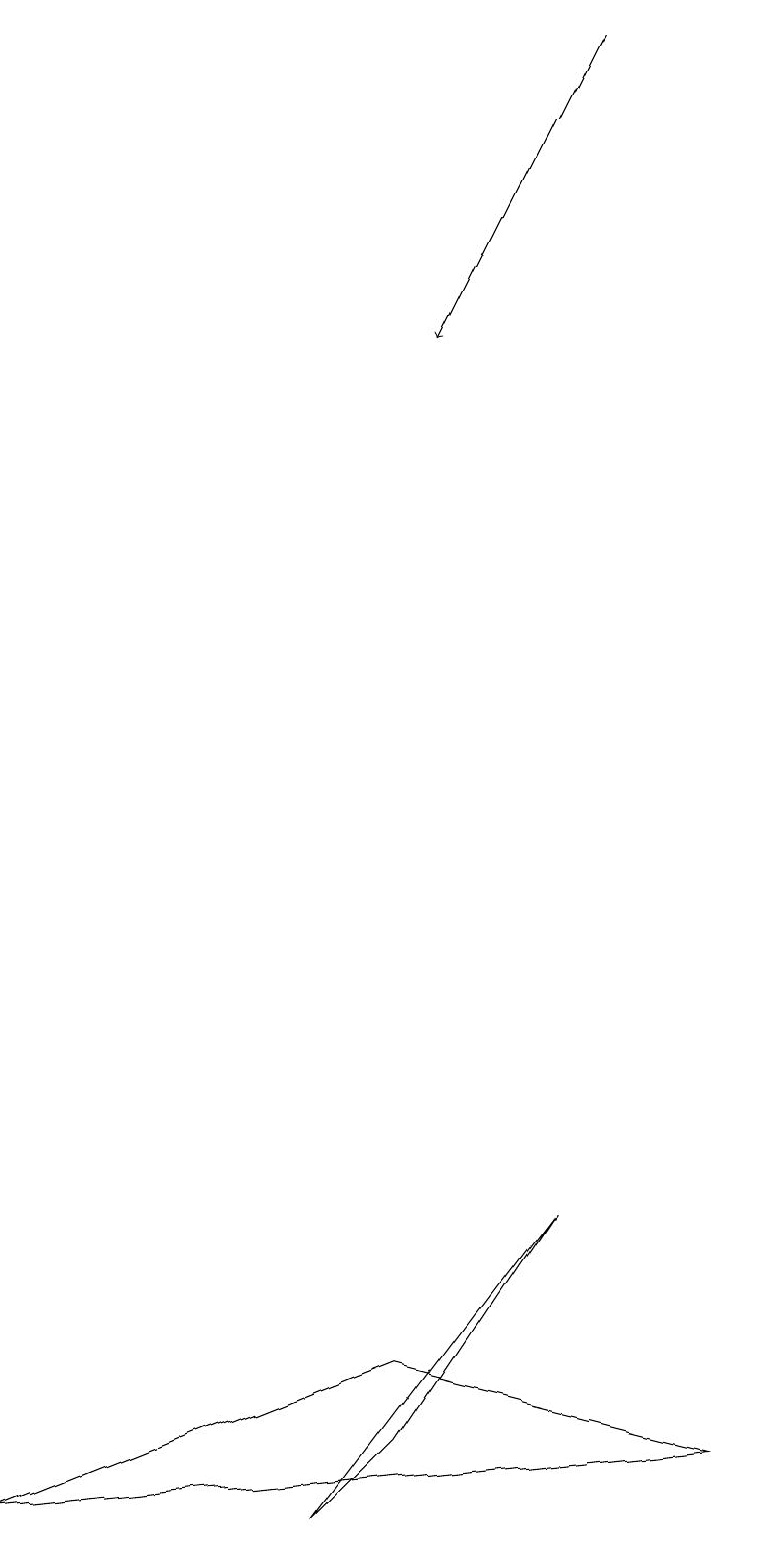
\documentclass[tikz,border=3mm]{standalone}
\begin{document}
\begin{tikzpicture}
\draw (9,1) -- (5,2) -- (0,0) -- cycle;
\draw (0,16) rectangle (0,16);
\draw (5,1) -- (4,0) -- (7,4) -- cycle;
\draw[->] (7,19) -- (5,15);
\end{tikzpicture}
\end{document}